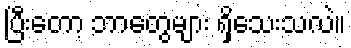
ပြီးတော့ ဘာတွေများ ရှိသေးသလဲ။